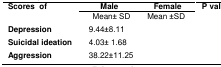
<table><thead><tr><td rowspan="2"><b>Scores of</b></td><td><b>Male</b></td><td><b>Female</b></td><td rowspan="2"><b>P value</b></td></tr><tr><td><b> Mean± SD</b></td><td><b> Mean ±SD</b></td></tr></thead><tbody><tr><td><b>Depression</b></td><td> 9.44±8.11</td><td>[EMPTY_CELL]</td><td>[EMPTY_CELL]</td></tr><tr><td><b>Suicidal ideation</b></td><td> 4.03± 1.68</td><td>[EMPTY_CELL]</td><td>[EMPTY_CELL]</td></tr><tr><td><b>Aggression</b></td><td> 38.22±11.25</td><td>[EMPTY_CELL]</td><td>[EMPTY_CELL]</td></tr></tbody></table>